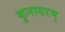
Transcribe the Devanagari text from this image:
कुनावरम्